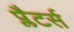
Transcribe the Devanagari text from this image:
प्लैटर्स